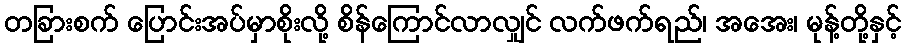
တခြားစက် ပြောင်းအပ်မှာစိုးလို့ စိန်ကြောင်လာလျှင် လက်ဖက်ရည်၊ အအေး၊ မုန့်တို့နှင့်